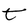
Character: t